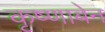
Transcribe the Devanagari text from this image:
कृष्णाबेन